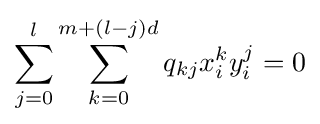
\sum _{j=0}^{l}\sum _{k=0}^{m+(l-j)d}q_{kj}x_{i}^{k}y_{i}^{j}=0